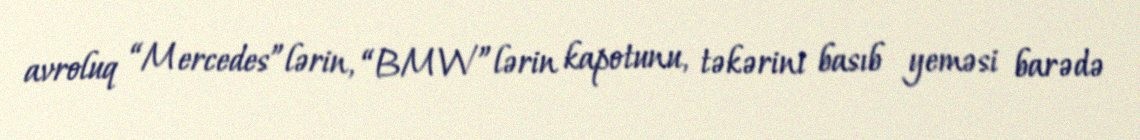
avroluq “Mercedes”lərin, “BMW”lərin kapotunu, təkərini basıb yeməsi barədə